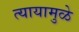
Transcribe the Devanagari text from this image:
त्यायामुळे